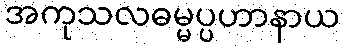
အကုသလဓမ္မပ္ပဟာနာယ